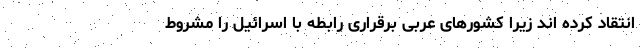
انتقاد کرده اند زیرا کشورهای عربی برقراری رابطه با اسرائیل را مشروط